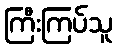
ကြီးကြပ်သူ